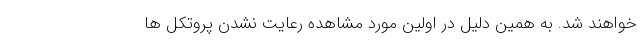
خواهند شد. به همین دلیل در اولین مورد مشاهده رعایت نشدن پروتکل ها